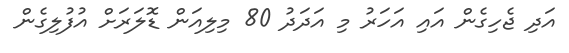
އަދި ޖެހިގެން އައި އަހަރު މި އަދަދު 80 މިލިއަން ޑޮލަރަށް އުފުލިގެން